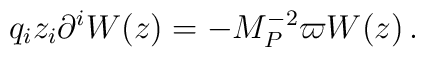
q_i z_i \partial ^i W(z) =-M_P^{-2}\varpi W(z)\,.